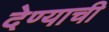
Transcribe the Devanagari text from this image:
देण्‍याची